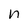
Character: n